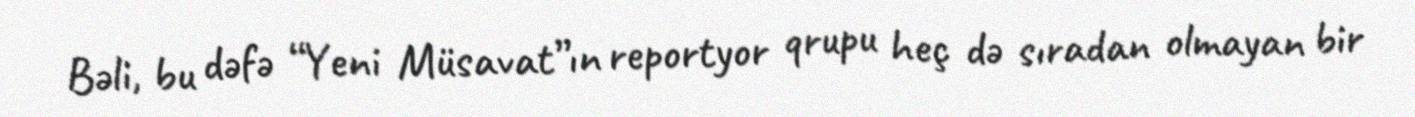
Bəli, bu dəfə “Yeni Müsavat”ın reportyor qrupu heç də sıradan olmayan bir